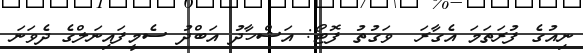
ނިއުގެ ފުރަތަމަ އެގާރަ  ވަގުތު ފޮޓޯ: އަޝްހާދު އަބްދު ސެމީފައިނަލްގެ ދެވަނަ